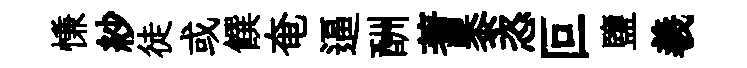
慊紗徒或饌奄逼酬蓍黍恣叵鹽羲